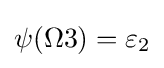
\psi (\Omega 3)=\varepsilon _{2}